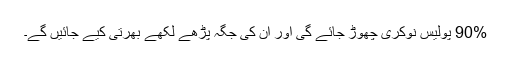
90% پولیس نوکری چھوڑ جائے گی اور ان کی جگہ پڑھے لکھے بھرتی کیے جائیں گے۔